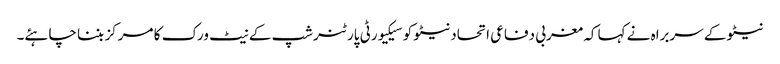
نیٹو کے سربراہ نے کہا کہ مغربی دفاعی اتحاد نیٹو کو سیکیورٹی پارٹنرشپ کے نیٹ ورک کا مرکز بننا چاہئے۔